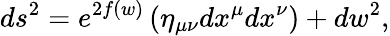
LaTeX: ds^{2}=e^{2f(w)}\left(\eta_{\mu\nu}dx^{\mu}dx^{\nu}\right)+dw^{2},